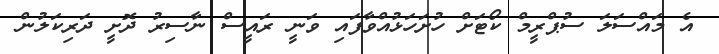
އެ މައްސަލަ ސުޕްރީމް ކޯޓަށް ހުށަހަޅުއްވާފައި ވަނީ ރައީސް ނާސިރު ދޮށީ ދަރިކަލުން